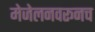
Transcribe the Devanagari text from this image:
मेजेलनवरूनच